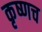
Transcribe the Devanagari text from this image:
कृष्णच